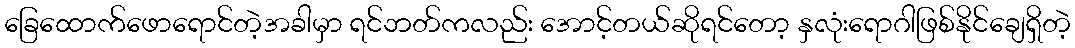
ခြေထောက်ဖောရောင်တဲ့အခါမှာ ရင်ဘတ်ကလည်း အောင့်တယ်ဆိုရင်တော့ နှလုံးရောဂါဖြစ်နိုင်ချေရှိတဲ့